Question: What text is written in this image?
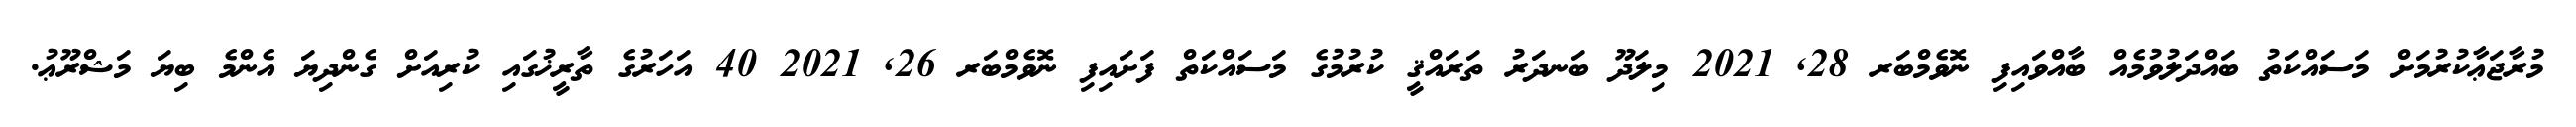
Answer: މުރާޖަޢާކުރުމަށް މަސައްކަތު ބައްދަލުވުމެއް ބާއްވައިފި ނޮވެމްބަރ 28, 2021 މިލަދޫ ބަނދަރު ތަރައްޤީ ކުރުމުގެ މަސައްކަތް ފަށައިފި ނޮވެމްބަރ 26, 2021 40 އަހަރުގެ ތާރީޚުގައި ކުރިއަށް ގެންދިޔަ އެންމެ ބިޔަ މަޝްރޫޢު.